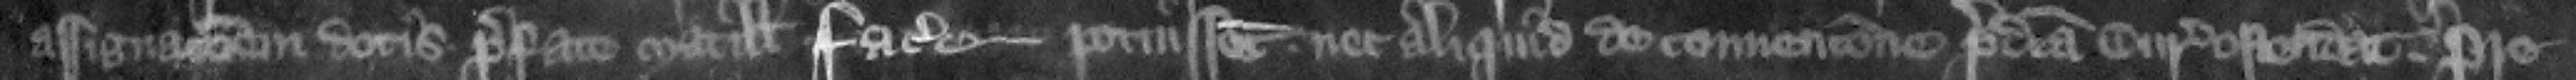
assignacionem dotis prefate Matillidi facere potuissent nec aliquid de conuencione predicta curie ostendat. pre